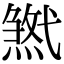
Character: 𢎓